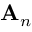
\mathbf { A } _ { n }